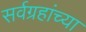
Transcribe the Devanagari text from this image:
सर्वग्रहांच्या